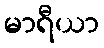
မာရီယာ